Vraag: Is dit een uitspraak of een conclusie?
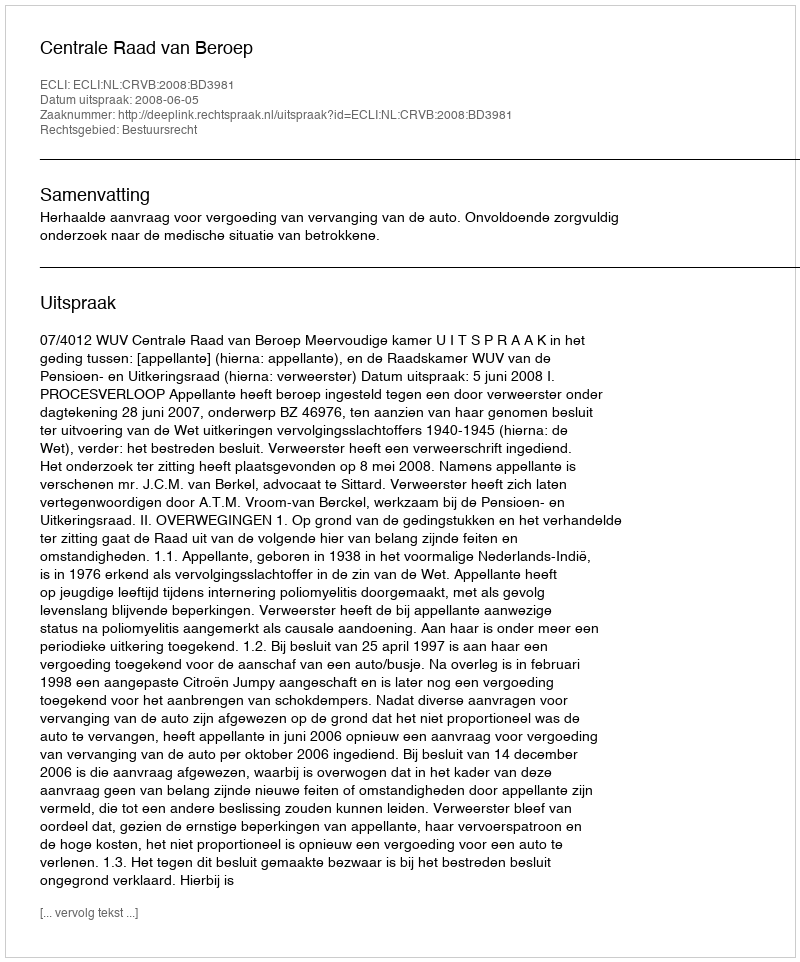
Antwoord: Uitspraak